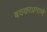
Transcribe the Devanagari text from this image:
बदकाप्रमाणे